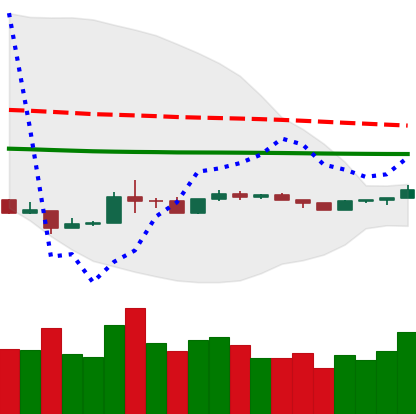
Ticker: ETH-USD
Chart end date: 2020-04-02
Forward return: 16.245%
Label: up_7plus